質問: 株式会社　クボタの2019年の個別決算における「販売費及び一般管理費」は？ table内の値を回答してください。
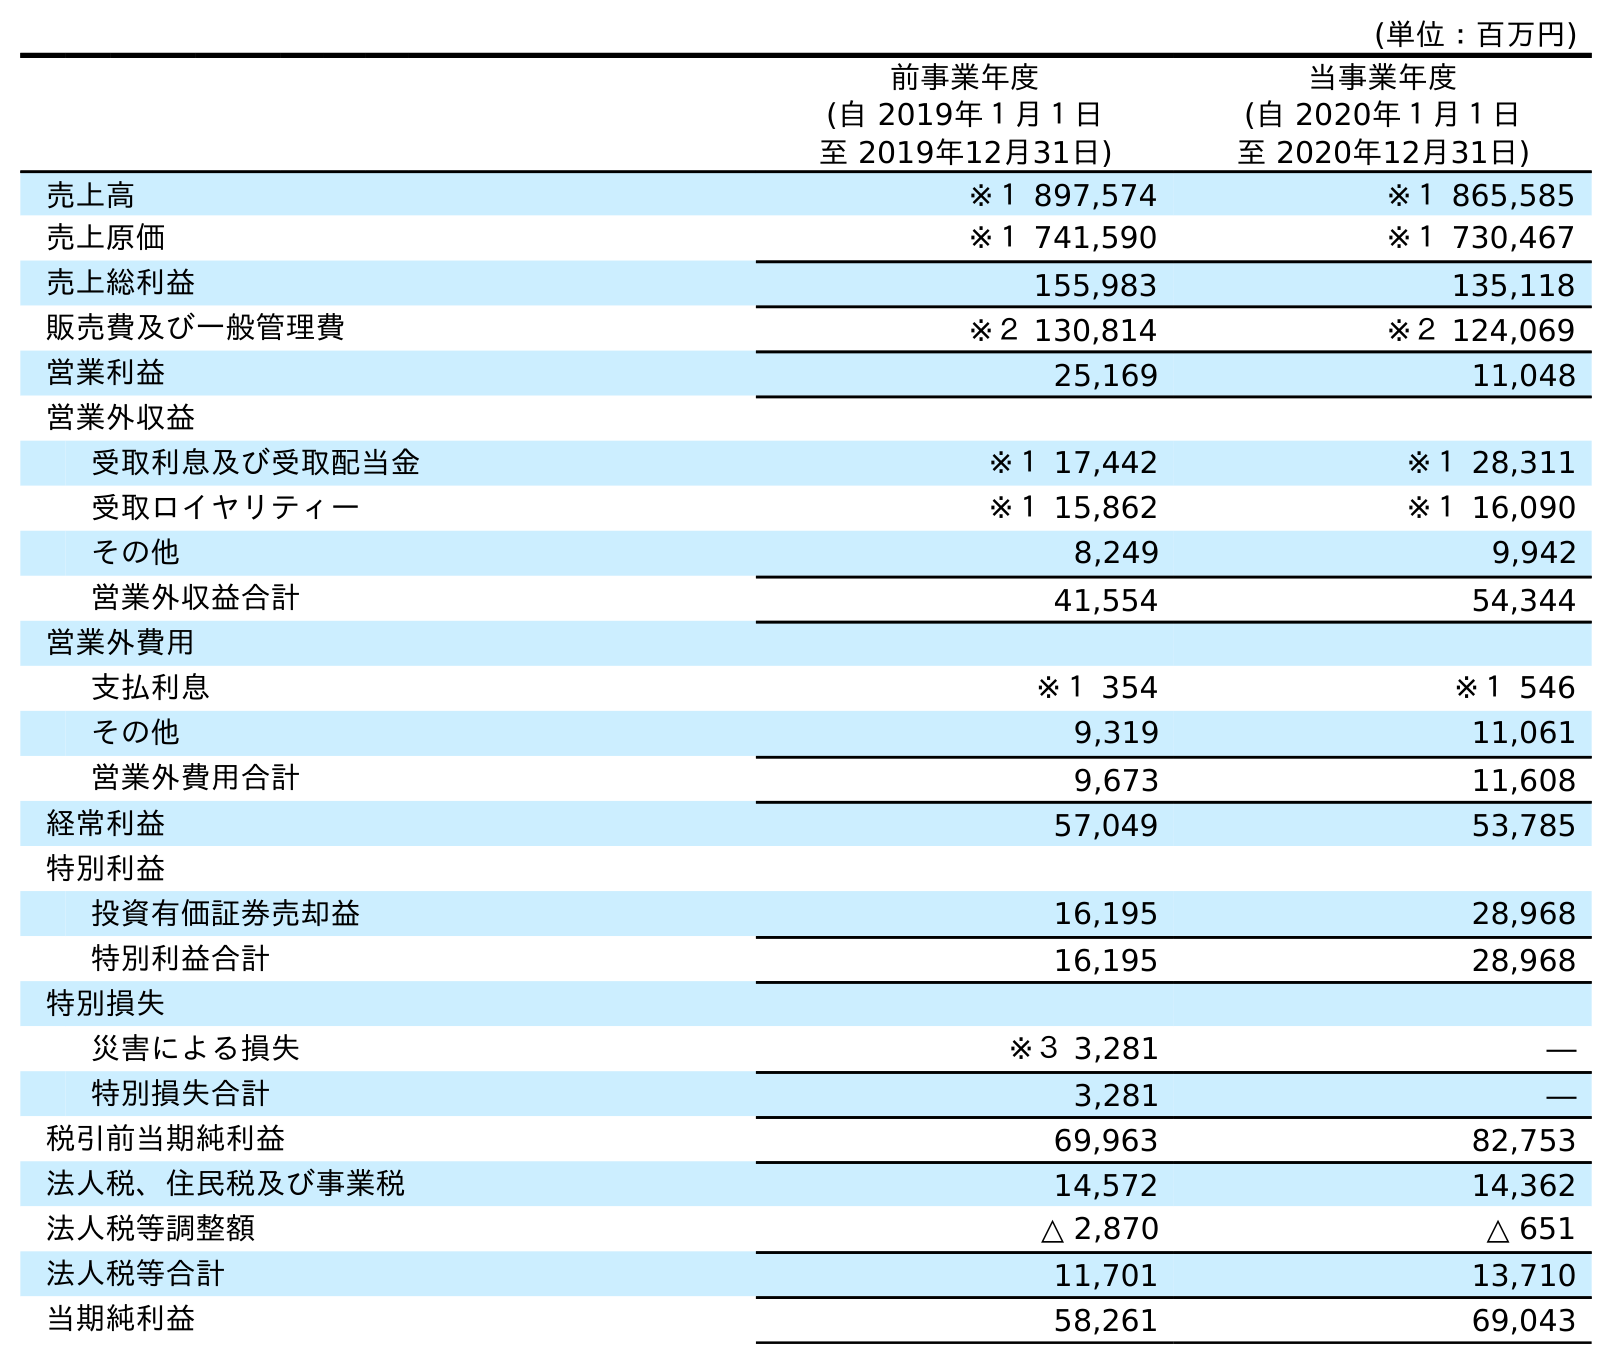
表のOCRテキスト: (単位：百万円) 前事業年度 (自 2019年１月１日 至 2019年12月31日) 当事業年度 (自 2020年１月１日 至 2020年12月31日) 売上高 ※１ 897,574 ※１ 865,585 売上原価 ※１ 741,590 ※１ 730,467 売上総利益 155,983 135,118 販売費及び一般管理費 ※２ 130,814 ※２ 124,069 営業利益 25,169 11,048 営業外収益 受取利息及び受取配当金 ※１ 17,442 ※１ 28,311 受取ロイヤリティー ※１ 15,862 ※１ 16,090 その他 8,249 9,942 営業外収益合計 41,554 54,344 営業外費用 支払利息 ※１ 354 ※１ 546 その他 9,319 11,061 営業外費用合計 9,673 11,608 経常利益 57,049 53,785 特別利益 投資有価証券売却益 16,195 28,968 特別利益合計 16,195 28,968 特別損失 災害による損失 ※３ 3,281 ― 特別損失合計 3,281 ― 税引前当期純利益 69,963 82,753 法人税、住民税及び事業税 14,572 14,362 法人税等調整額 △ 2,870 △ 651 法人税等合計 11,701 13,710 当期純利益 58,261 69,043
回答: ※２130,814